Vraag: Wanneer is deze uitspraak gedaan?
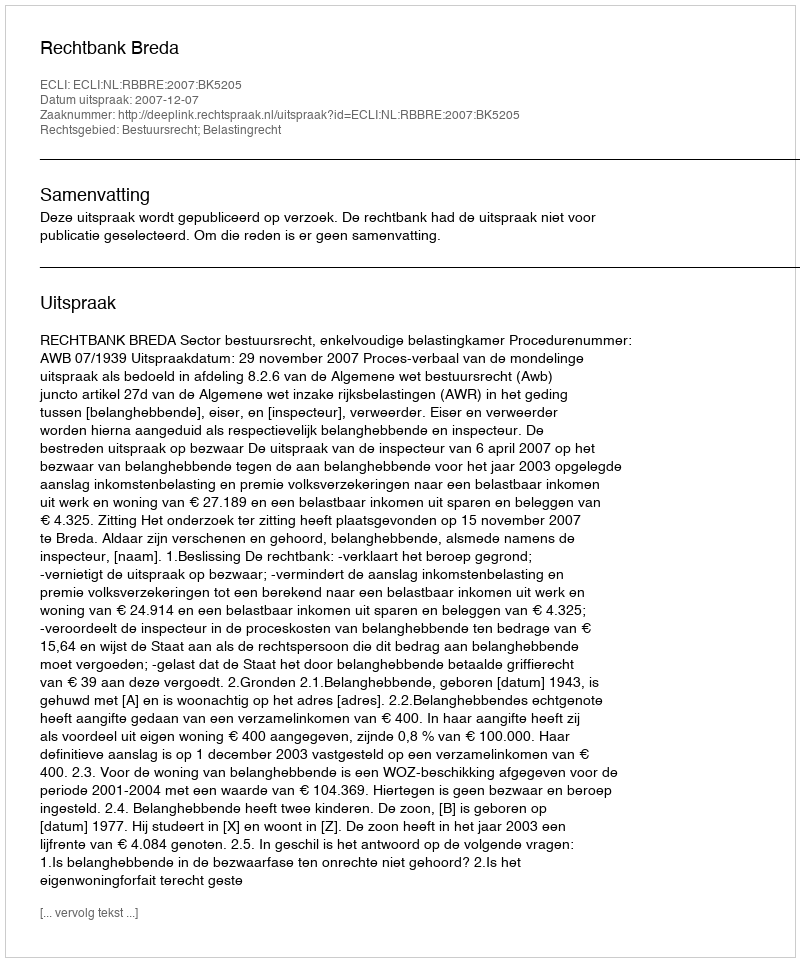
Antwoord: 2007-12-07